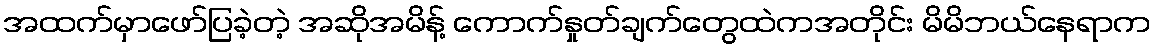
အထက်မှာဖော်ပြခဲ့တဲ့ အဆိုအမိန့် ကောက်နှုတ်ချက်တွေထဲကအတိုင်း မိမိဘယ်နေရာက